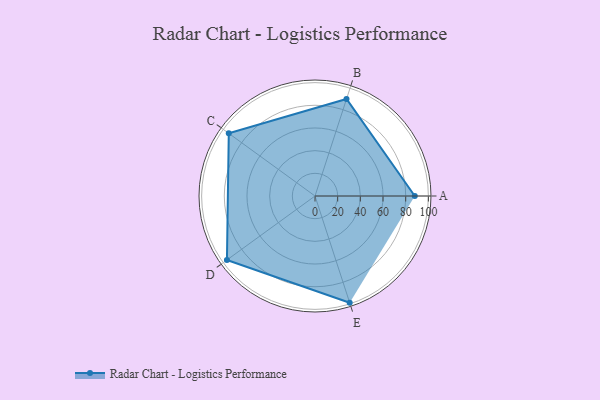
{"axis": {"x": "Skill", "y": "Score"}, "legend": ["Profile"], "data": [{"x": "A", "y": 88.0, "type": "Profile"}, {"x": "B", "y": 90.0, "type": "Profile"}, {"x": "C", "y": 94.0, "type": "Profile"}, {"x": "D", "y": 96.0, "type": "Profile"}, {"x": "E", "y": 99, "type": "Profile"}]}